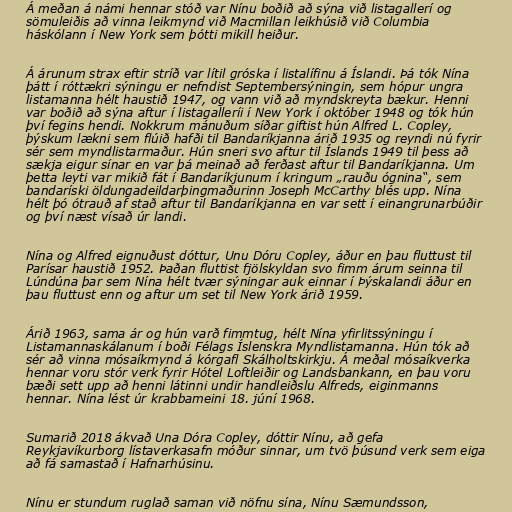
Á meðan á námi hennar stóð var Nínu boðið að sýna við listagallerí og
sömuleiðis að vinna leikmynd við Macmillan leikhúsið við Columbia
háskólann í New York sem þótti mikill heiður.

Á árunum strax eftir stríð var lítil gróska í listalífinu á Íslandi. Þá tók Nína
þátt í róttækri sýningu er nefndist Septembersýningin, sem hópur ungra
listamanna hélt haustið 1947, og vann við að myndskreyta bækur. Henni
var boðið að sýna aftur í listagalleríi í New York í október 1948 og tók hún
því fegins hendi. Nokkrum mánuðum síðar giftist hún Alfred L. Copley,
þýskum lækni sem flúið hafði til Bandaríkjanna árið 1935 og reyndi nú fyrir
sér sem myndlistarmaður. Hún sneri svo aftur til Íslands 1949 til þess að
sækja eigur sínar en var þá meinað að ferðast aftur til Bandaríkjanna. Um
þetta leyti var mikið fát í Bandaríkjunum í kringum „rauðu ógnina“, sem
bandaríski öldungadeildarþingmaðurinn Joseph McCarthy blés upp. Nína
hélt þó ótrauð af stað aftur til Bandaríkjanna en var sett í einangrunarbúðir
og því næst vísað úr landi.

Nína og Alfred eignuðust dóttur, Unu Dóru Copley, áður en þau fluttust til
Parísar haustið 1952. Þaðan fluttist fjölskyldan svo fimm árum seinna til
Lúndúna þar sem Nína hélt tvær sýningar auk einnar í Þýskalandi áður en
þau fluttust enn og aftur um set til New York árið 1959.

Árið 1963, sama ár og hún varð fimmtug, hélt Nína yfirlitssýningu í
Listamannaskálanum í boði Félags Íslenskra Myndlistamanna. Hún tók að
sér að vinna mósaíkmynd á kórgafl Skálholtskirkju. Á meðal mósaíkverka
hennar voru stór verk fyrir Hótel Loftleiðir og Landsbankann, en þau voru
bæði sett upp að henni látinni undir handleiðslu Alfreds, eiginmanns
hennar. Nína lést úr krabbameini 18. júní 1968.

Sumarið 2018 ákvað Una Dóra Copley, dóttir Nínu, að gefa
Reykjavíkurborg lístaverkasafn móður sinnar, um tvö þúsund verk sem eiga
að fá samastað í Hafnarhúsinu.

Nínu er stundum ruglað saman við nöfnu sína, Nínu Sæmundsson,